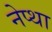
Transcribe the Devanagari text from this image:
नेप्था